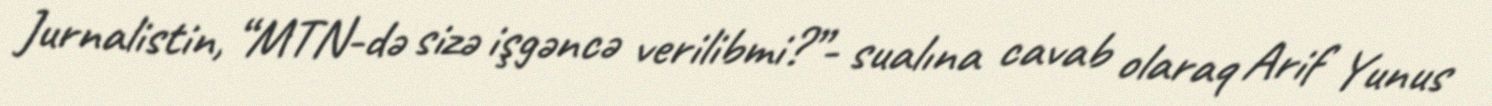
Jurnalistin, “MTN-də sizə işgəncə verilibmi?”- sualına cavab olaraq Arif Yunus